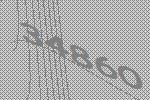
34860